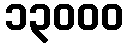
၁၃၀၀၀